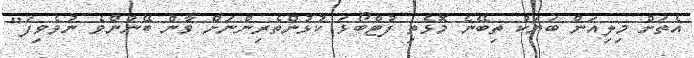
އެތަށް މިލިއަން ބަޔަކު ތިބޭނެ މޮޅެތި ފުޓްބޯޅަ ކުޅުންތެރިންނަށް ވާން ބޭނުންވެ ނުވެވިފަ"